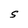
Character: S